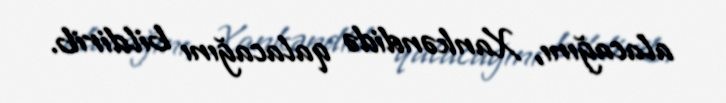
alacağını, Xankəndidə qalacağını bildirib.